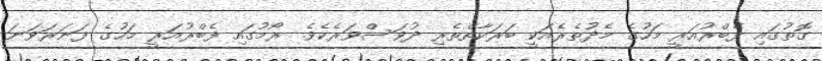
ގޮތުގައި ފެބްރުއަރީ މަހުގެ މެދުތެރެއަކީ ބަރަކާތްތެރި ދުވަސްވަރެކެވެ. ރޯމުގައި ފެބްރުއަރީ މަހުގެ ފަނަރަވަނަ